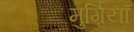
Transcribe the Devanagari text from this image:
मुर्ग़ियाँ